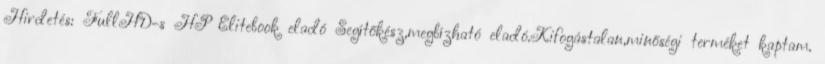
Hirdetés: FullHD-s HP Elitebook eladó Segítőkész,megbízható eladó.Kifogástalan,minőségi terméket kaptam.